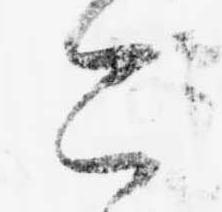
こ